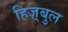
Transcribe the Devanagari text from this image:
हिज़्बुल